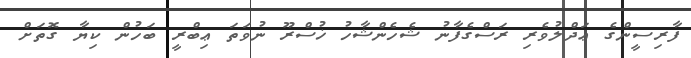
ފާރިސީންގެ ޢަދްލުވެރި ރަސްގެފާނު ޝެހެންޝާހު ޚުސްރޫ ނުވަތަ ޢިބްރީ ބަހުން ކިޔާ ގޮތަށް